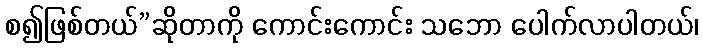
စ၍ဖြစ်တယ်”ဆိုတာကို ကောင်းကောင်း သဘော ပေါက်လာပါတယ်၊